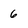
Character: 6